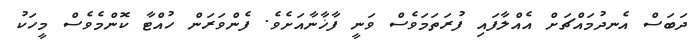
ދަބަސް އެނދުމައްޗަށް އެއްލާފައި ފުރަތަމަވެސް ވަނީ ފާޚާނާއަށެވެ. ފެންވަރަން ހުއްޓާ ކޮންމެވެސް މީހަކު